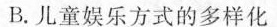
B.儿童娱乐方式的多样化